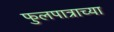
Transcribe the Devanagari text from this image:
फुलपात्राच्या